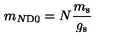
m _ { N \mathrm { D 0 } } = N \frac { m _ { \mathrm { s } } } { g _ { \mathrm { s } } }